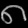
Digit: ၈